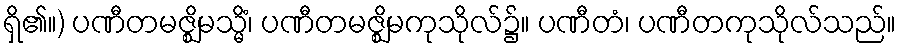
ရှိ၏။) ပဏီတမဇ္ဈိမသ္မိံ၊ ပဏီတမဇ္ဈိမကုသိုလ်၌။ ပဏီတံ၊ ပဏီတကုသိုလ်သည်။